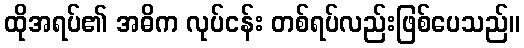
ထိုအရပ်၏ အဓိက လုပ်ငန်း တစ်ရပ်လည်းဖြစ်ပေသည်။